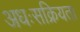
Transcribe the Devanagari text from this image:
अधःसक्रियता